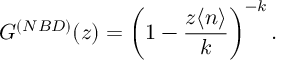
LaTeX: G ^ { ( N B D ) } ( z ) = \left( 1 - \frac { z \langle n \rangle } { k } \right) ^ { - k } .